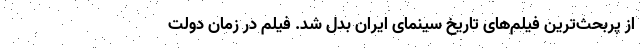
از پربحث‌ترین فیلم‌های تاریخ سینمای ایران بدل شد. فیلم در زمان دولت